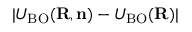
\vert { \cal U } _ { \mathrm { B O } } ( { \bf R , n } ) - U _ { \mathrm { B O } } ( { \bf R } ) \vert